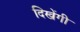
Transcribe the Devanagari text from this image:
दिखेंगी